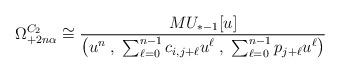
LaTeX: \begin{align*}\Omega^{C_2}_{+2n\alpha} \cong \frac{MU_{*-1}[u] }{ \begin{pmatrix} u^n \; , \; \sum_{\ell = 0}^{n-1} c_{i,j + \ell} u^\ell \; , \; \sum_{\ell = 0}^{n-1} p_{j + \ell} u^\ell \end{pmatrix}}\end{align*}